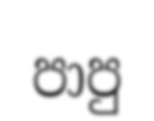
පාපු